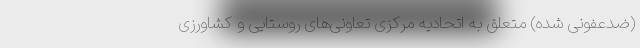
(ضدعفونی شده) متعلق به اتحادیه مرکزی تعاونی‌های روستایی و کشاورزی